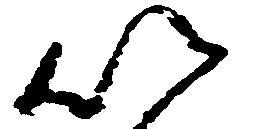
以